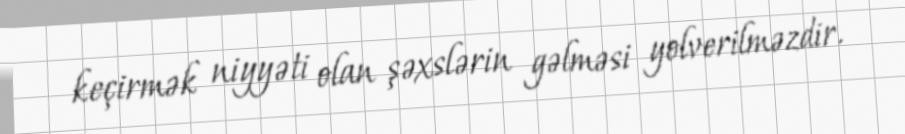
keçirmək niyyəti olan şəxslərin gəlməsi yolverilməzdir.